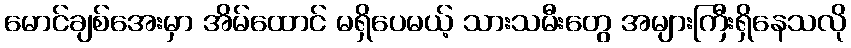
မောင်ချစ်အေးမှာ အိမ်ထောင် မရှိပေမယ့် သားသမီးတွေ အများကြီးရှိနေသလို